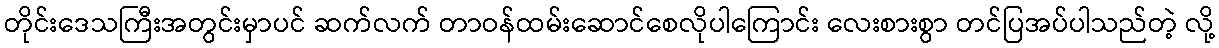
တိုင်းဒေသကြီးအတွင်းမှာပင် ဆက်လက် တာဝန်ထမ်းဆောင်စေလိုပါကြောင်း လေးစားစွာ တင်ပြအပ်ပါသည်တဲ့ လို့